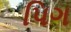
પિગ